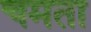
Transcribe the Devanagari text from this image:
चमता